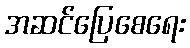
အဆင်ပြေစေရေး